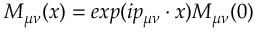
M _ { \mu \nu } ( x ) = e x p ( i p _ { \mu \nu } \cdot x ) M _ { \mu \nu } ( 0 )